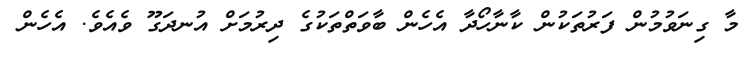
މާ ގިނަވުމުން ފަރުތަކުން ކާނާހޯދާ އެހެން ބާވަތްތަކުގެ ދިރުމަށް އުނދަގޫ ވެއެވެ. އެހެން